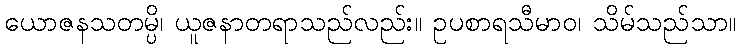
ယောဇနသတမ္ပိ၊ ယူဇနာတရာသည်လည်း။ ဥပစာရသီမာဝ၊ သိမ်သည်သာ။